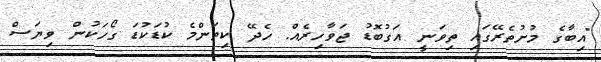
"އިބާގެ މުށުތެރޭގައި ތިވަނީ އަގުބޮޑު ޖަވާހިރެއް. ހެދޭ ކިތަންމެ ކުޑަކުޑަ ގޯހަކުން ވިޔަސް